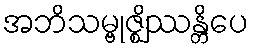
အဘိသမ္ဗုဇ္ဈိဿန္တိပေ